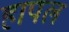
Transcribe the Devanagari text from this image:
हापल